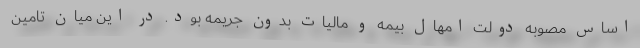
اساس مصوبه دولت امهال بیمه و مالیات بدون جریمه بود. در این میان تامین